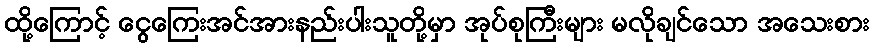
ထို့ကြောင့် ငွေကြေးအင်အားနည်းပါးသူတို့မှာ အုပ်စုကြီးများ မလိုချင်သော အသေးစား